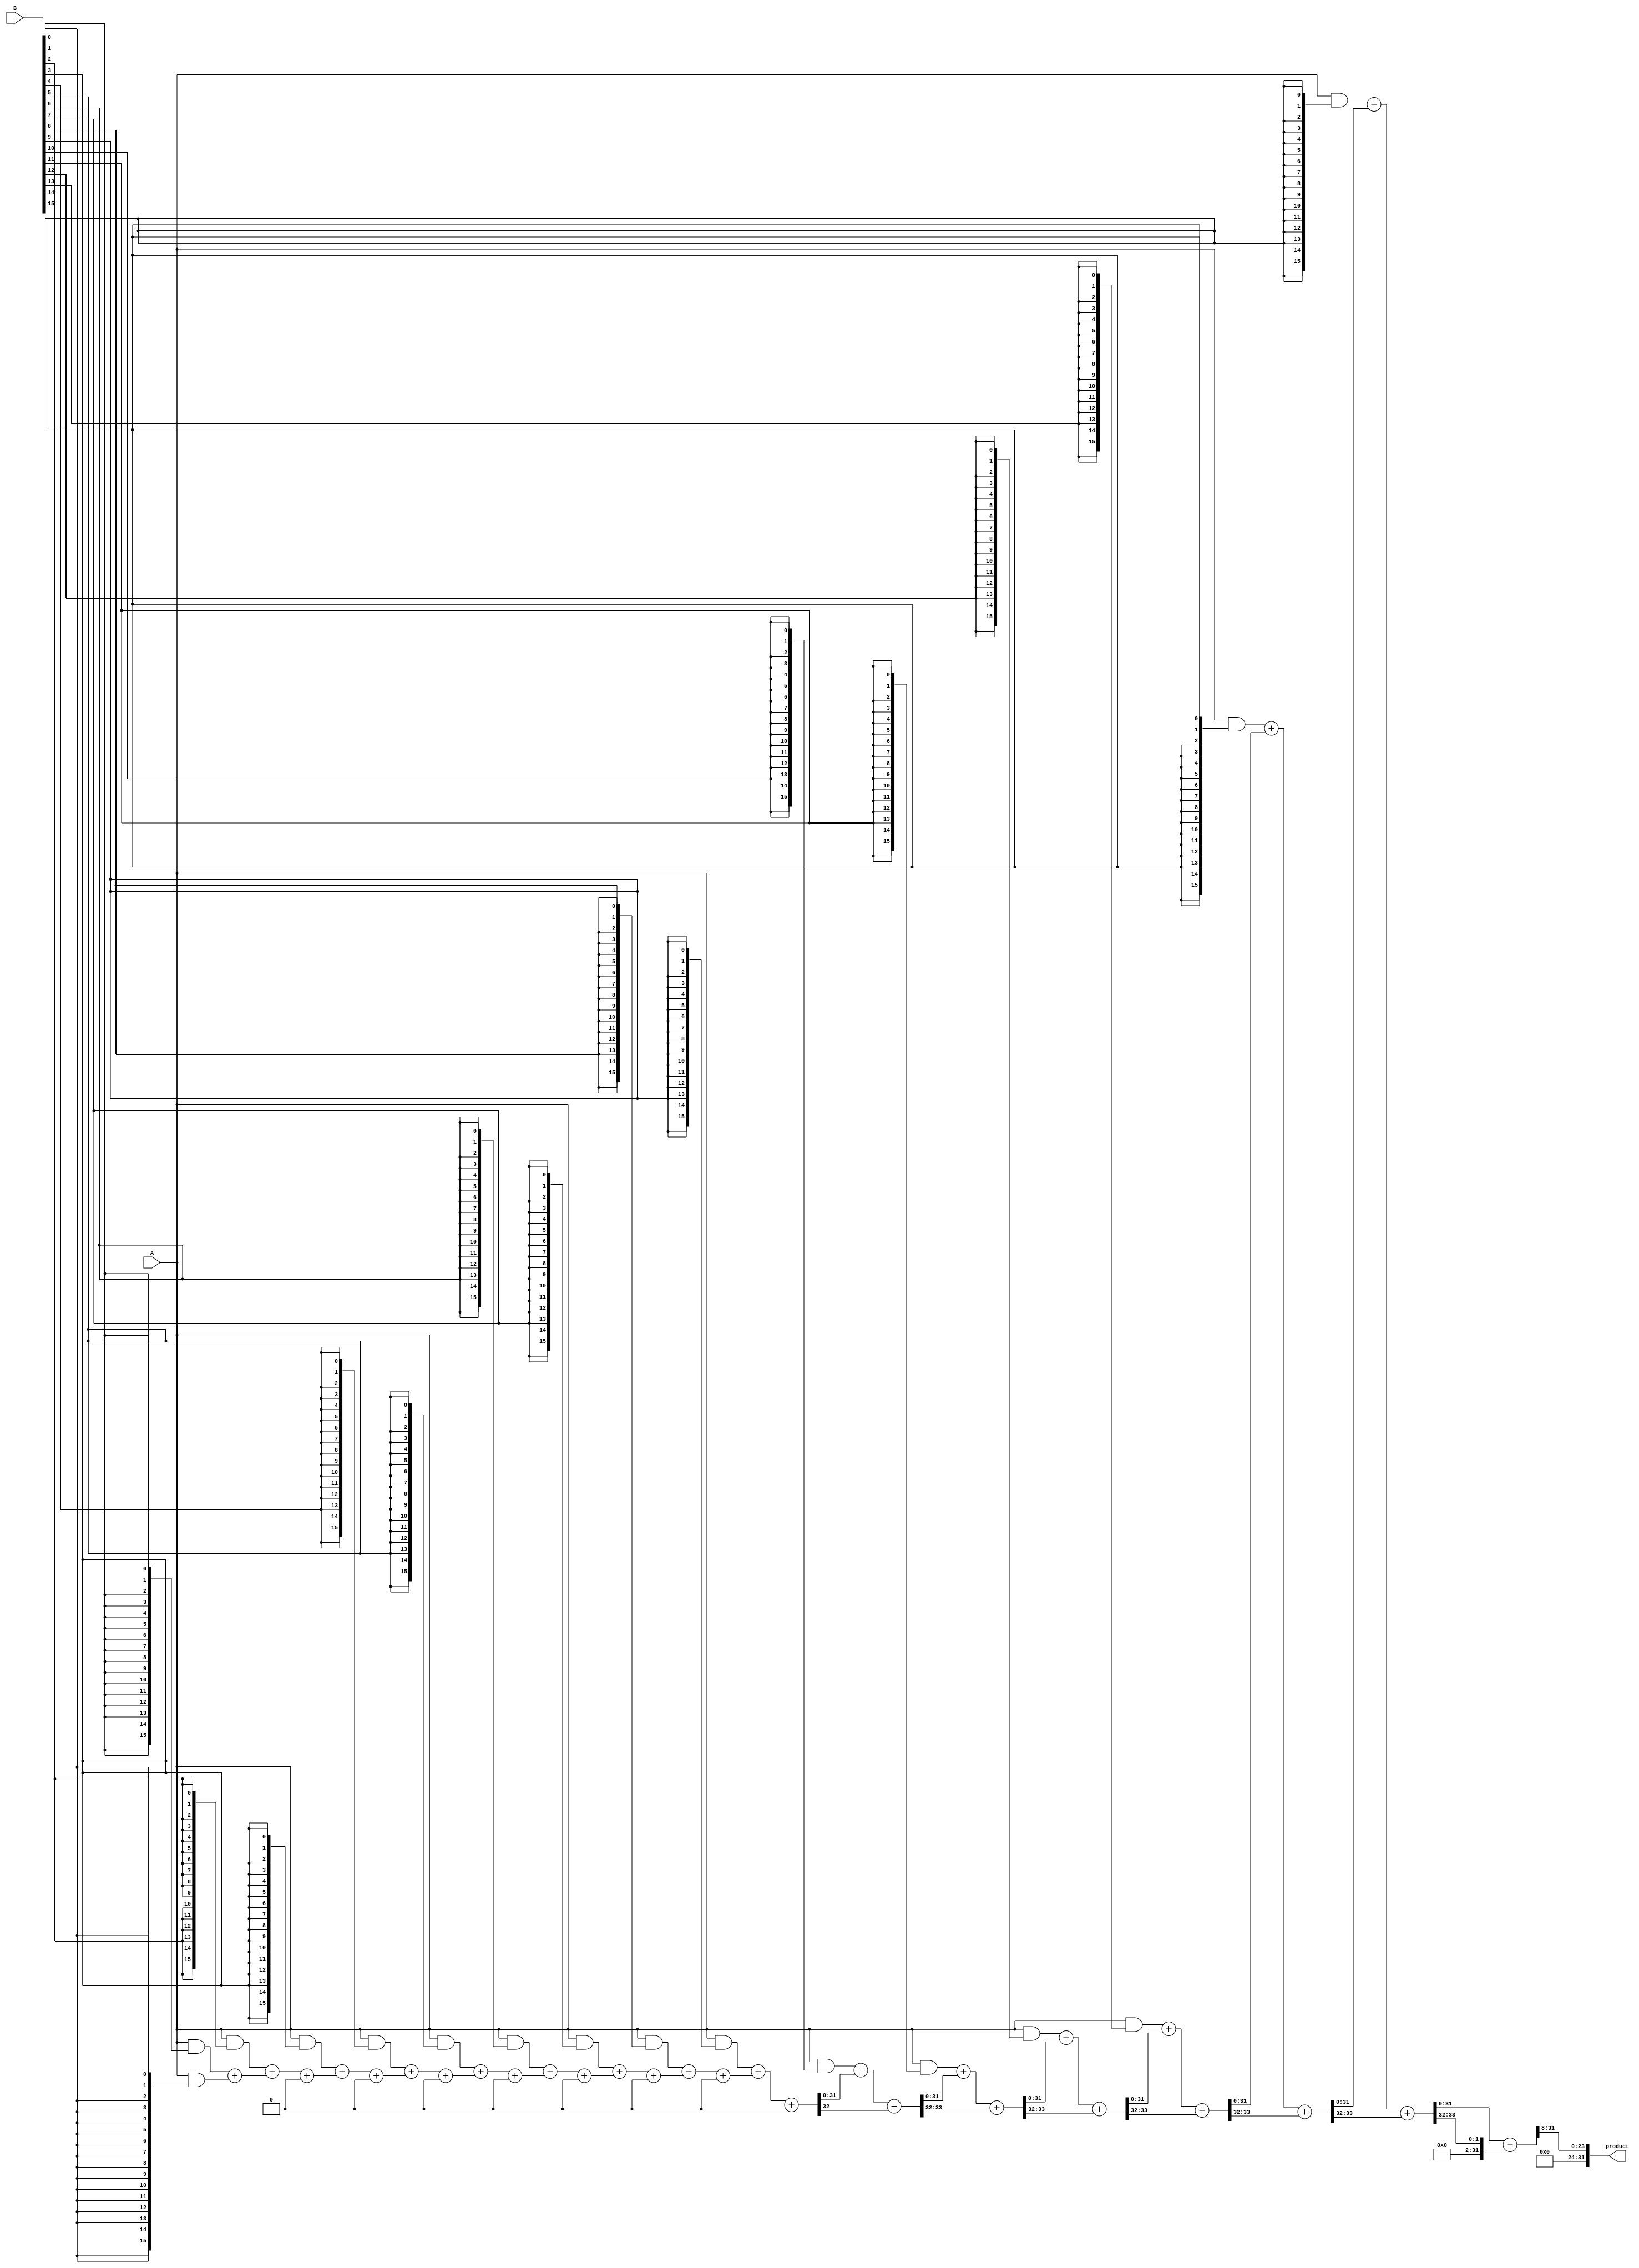
module FixedPointWallaceTreeMultiplier #(
    parameter WIDTH_A = 16, // Width of operand A
    parameter WIDTH_B = 16, // Width of operand B
    parameter FRACTIONAL_BITS = 8 // Number of fractional bits
)(
    input  wire [WIDTH_A-1:0] A, // Fixed-point operand A
    input  wire [WIDTH_B-1:0] B, // Fixed-point operand B
    output wire [(WIDTH_A + WIDTH_B - 1):0] product // Fixed-point product
);

    // Partial product generation
    wire [WIDTH_A-1:0] partial_products[WIDTH_B-1:0];
    genvar i;
    generate
        for (i = 0; i < WIDTH_B; i = i + 1) begin : pp_gen
            assign partial_products[i] = A & {WIDTH_A{B[i]}};
        end
    endgenerate

    // Wallace tree reduction
    wire [WIDTH_A + WIDTH_B - 1:0] sum[WIDTH_B-1:0];
    wire [WIDTH_A + WIDTH_B - 1:0] carry[WIDTH_B-1:0];

    // Initial stage of reduction
    generate
        for (i = 0; i < WIDTH_B; i = i + 1) begin : reduction_stage
            if (i == 0) begin
                assign sum[i] = partial_products[i];
                assign carry[i] = 0;
            end else begin
                // Half adder for first two bits
                if (i == 1) begin
                    assign {carry[i], sum[i]} = partial_products[i] + partial_products[i-1];
                end else begin
                    // Full adder for subsequent bits
                    assign {carry[i], sum[i]} = partial_products[i] + sum[i-1] + carry[i-1];
                end
            end
        end
    endgenerate

    // Final addition of the last two sums
    wire [WIDTH_A + WIDTH_B - 1:0] final_sum;
    wire final_carry;

    assign {final_carry, final_sum} = sum[WIDTH_B-1] + carry[WIDTH_B-1];

    // Adjust for fixed-point representation
    assign product = final_sum >> FRACTIONAL_BITS; // Shift right to accommodate fractional bits

endmodule